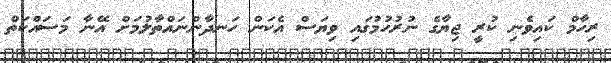
ރިހާމް ކައިވެނި ކުރީ ޖިޔާގެ ނުރުހުމުގައި ވިޔަސް އެކަން ހަނދާންނައްތާލުމަށް އޭނާ މަސައްކަތް